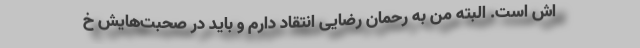
اش است. البته من به رحمان رضایی انتقاد دارم و باید در صحبت‌هایش خ